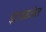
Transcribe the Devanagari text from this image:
इंटरप्राजेस